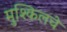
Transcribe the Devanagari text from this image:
मुश्किलचे